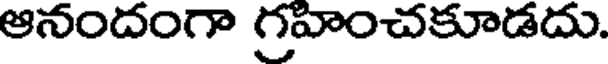
ఆనందంగా గ్రహించకూడదు.